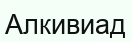
Алкивиад